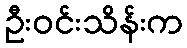
ဦးဝင်းသိန်းက